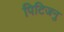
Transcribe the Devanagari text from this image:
पिटिजनु